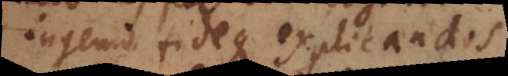
ingenio fideque explicandos,